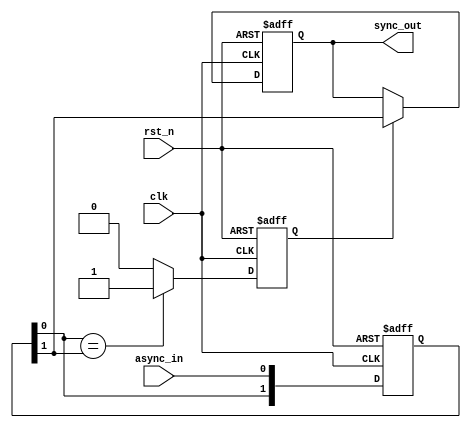
module async_to_sync_converter (
    input wire clk,          // Synchronous clock
    input wire rst_n,       // Active low reset
    input wire async_in,    // Asynchronous input signal
    output reg sync_out     // Synchronized output signal
);

    // Internal signals for the synchronizer
    reg [1:0] sync_ff;      // Two flip-flops for synchronization
    reg stable;             // Signal to indicate stability

    // Synchronization process
    always @(posedge clk or negedge rst_n) begin
        if (!rst_n) begin
            sync_ff <= 2'b00; // Reset the flip-flops
            sync_out <= 1'b0; // Reset output
            stable <= 1'b0;    // Reset stability flag
        end else begin
            sync_ff <= {sync_ff[0], async_in}; // Shift in the async signal
            // Check if the signal is stable for two clock cycles
            if (sync_ff[0] == sync_ff[1]) begin
                stable <= 1'b1; // Signal is stable
            end else begin
                stable <= 1'b0; // Signal is not stable
            end
            
            // Output the stable signal
            if (stable) begin
                sync_out <= sync_ff[1]; // Output the stable value
            end
        end
    end

endmodule